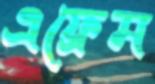
এফ্রেম